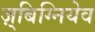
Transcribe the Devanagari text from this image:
ज़्बिग्नियेव